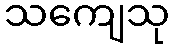
သကျေသု